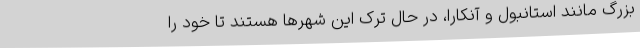
بزرگ مانند استانبول و آنکارا، در حال ترک این شهرها هستند تا خود را